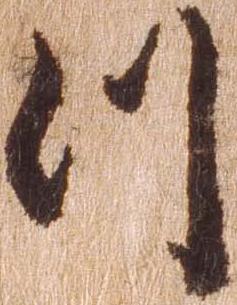
つ